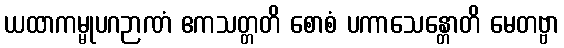
ယထာကမ္မုပဂဉာဏံ ဧကသတ္တတိ စောစံ ပကာသေန္တောတိ မေတဗ္ဗာ